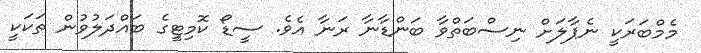
މެމްބަރަކީ ނެޕާލަށް ނިސްބަތްވާ ބަންޑާނާ ރަނާ އެވެ. ސީޑޯ ކޮމިޓީގެ ބައްދަލުވުން ތަކަކީ